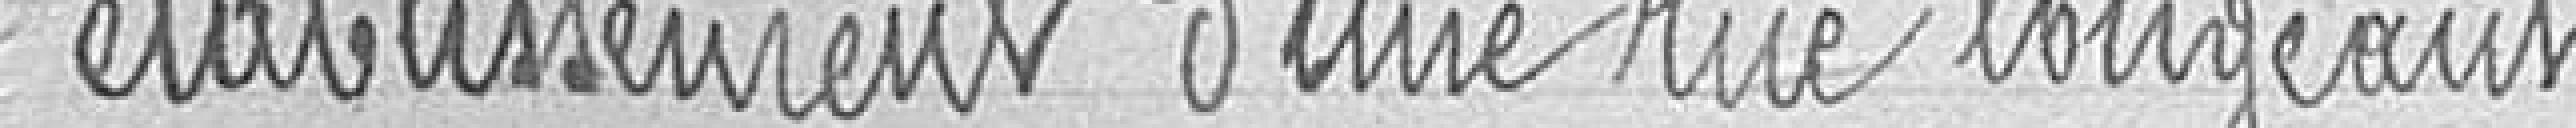
établissement d'une rue longeant